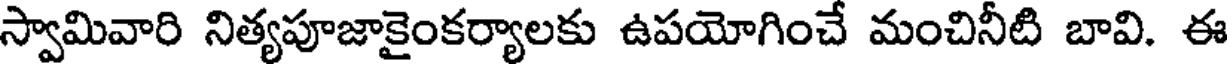
స్వామివారి నిత్యపూజాకైంకర్యాలకు ఉపయోగించే మంచినీటి బావి. ఈ